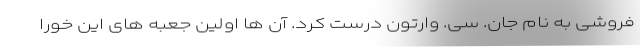
فروشی به نام جان. سی. وارتون درست کرد. آن ها اولین جعبه های این خورا